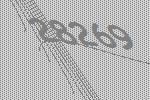
28269